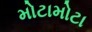
મોટામોટા